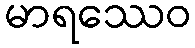
မာရဿေဝ